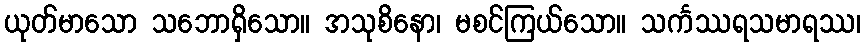
ယုတ်မာသော သဘောရှိသော။ အသုစိနော၊ မစင်ကြယ်သော။ သင်္ကဿရသမာရဿ၊